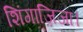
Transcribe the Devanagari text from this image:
शिंगाज़िजा।